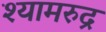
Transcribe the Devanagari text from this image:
श्यामरुद्र